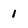
Character: 1